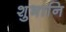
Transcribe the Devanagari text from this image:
शुभानि